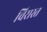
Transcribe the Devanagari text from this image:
विरास्त